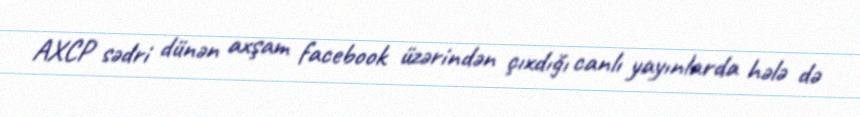
AXCP sədri dünən axşam facebook üzərindən çıxdığı canlı yayınlarda hələ də